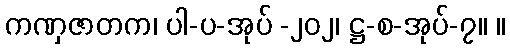
ကဏှဇာတက၊ ပါ-ပ-အုပ် -၂၀၂၊ ဋ္ဌ-စ-အုပ်-၇။ ။